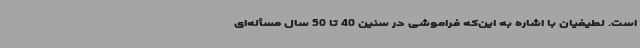
است. لطیفیان با اشاره به این‌که فراموشی در سنین 40 تا 50 سال مسأله‌ای